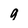
Character: g